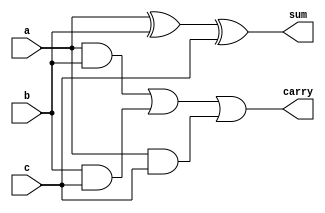
`timescale 1ns / 1ps


//Declaring Module

module Full_Adder(a,b,c,sum,carry); 
    input a,b,c;
    output sum, carry;

//Implementing Full Adder

	assign sum = (a^b^c);				
	assign carry = ((a&b)|(b&c)|(a&c));
	
endmodule